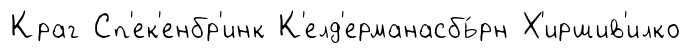
Краг Сп'ек'енбр'инк К'елд'ерманасбь́рн Х'иршив'илко